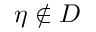
\eta \notin D